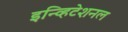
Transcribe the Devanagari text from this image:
इन्व्हिटेशनल